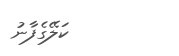
ކަލޭގެފާނު